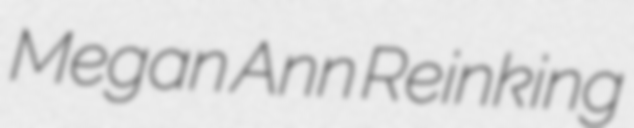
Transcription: Megan Ann Reinking